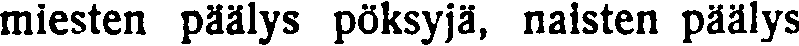
miesten päälys pöksyjä, naisten päälys